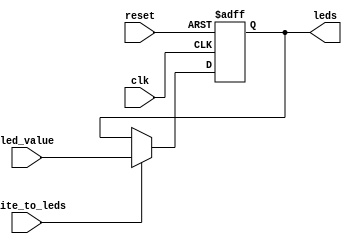
`timescale 1ns / 1ps
//////////////////////////////////////////////////////////////////////////////////
// Company: 
// Engineer: 
// 
// Create Date:    
// Design Name: 
// Module Name:    led_driver 
// Project Name: 
// Target Devices: 
// Tool versions: 
// Description: 
//
// Dependencies: 
//
// Revision: 
// Revision 0.01 - File Created
// Additional Comments: 
//
//////////////////////////////////////////////////////////////////////////////////
module led_driver_wrapper( led_value, leds, write_to_leds, clk, reset );
	input [7:0] led_value;
	output reg [7:0] leds;
	input write_to_leds;
	input clk;
	input reset;
	
	always @(posedge clk or posedge reset) begin
		if(reset) leds <= 0;
		else if(write_to_leds) leds <= led_value;
	end

endmodule